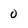
Character: 0